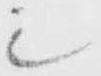
シ